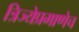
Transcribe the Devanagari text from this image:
त्रिज्येप्रमाणेच